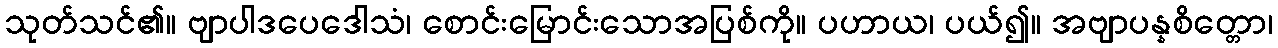
သုတ်သင်၏။ ဗျာပါဒပေဒေါသံ၊ စောင်းမြောင်းသောအပြစ်ကို။ ပဟာယ၊ ပယ်၍။ အဗျာပန္နစိတ္တော၊